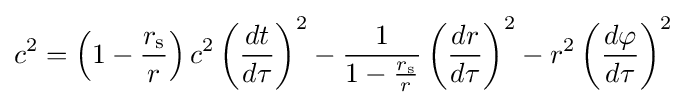
c^{2}=\left(1-{\frac {r_{\text{s}}}{r}}\right)c^{2}\left({\frac {dt}{d\tau }}\right)^{2}-{\frac {1}{1-{\frac {r_{\text{s}}}{r}}}}\left({\frac {dr}{d\tau }}\right)^{2}-r^{2}\left({\frac {d\varphi }{d\tau }}\right)^{2}